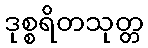
ဒုစ္စရိတသုတ္တ